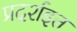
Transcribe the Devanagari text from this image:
प्रदर्शइत